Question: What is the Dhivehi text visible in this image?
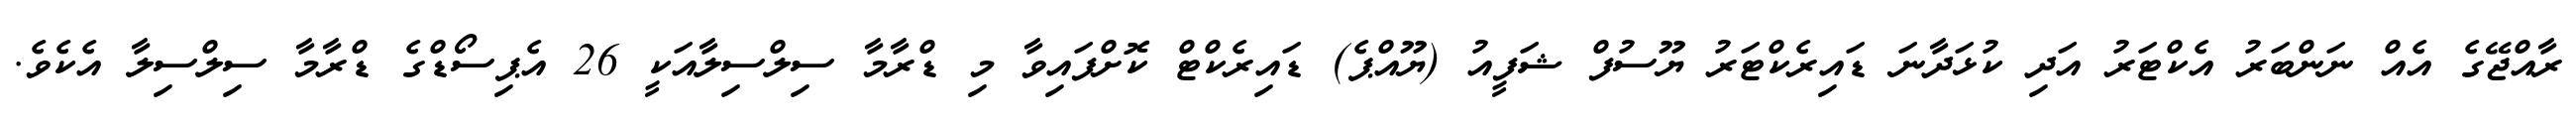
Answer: ރާއްޖޭގެ އެއް ނަންބަރު އެކްޓަރު އަދި ކުޅަދާނަ ޑައިރެކްޓަރު ޔޫސުފް ޝަފީއު (ޔޫއްޕެ) ޑައިރެކްޓް ކޮށްފައިވާ މި ޑްރާމާ ސިލްސިލާއަކީ 26 އެޕިސޯޑްގެ ޑްރާމާ ސިލްސިލާ އެކެވެ.